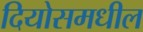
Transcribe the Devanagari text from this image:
दियोसमधील